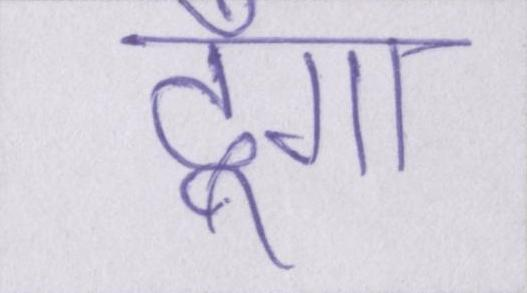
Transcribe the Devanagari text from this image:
दूँगा